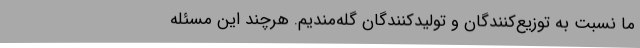
ما نسبت به توزیع‌کنندگان و تولیدکنندگان گله‌مندیم. هرچند این مسئله